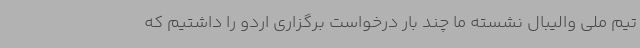
تیم ملی والیبال نشسته ما چند بار درخواست برگزاری اردو را داشتیم که